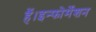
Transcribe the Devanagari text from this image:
हैं।इन्फोर्मेशन